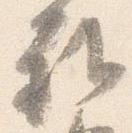
雅